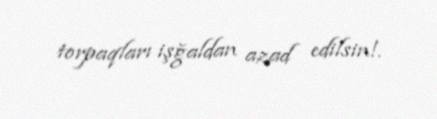
torpaqları işğaldan azad edilsin!.